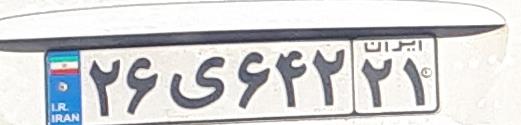
۲۶ی۶۴۲۲۱